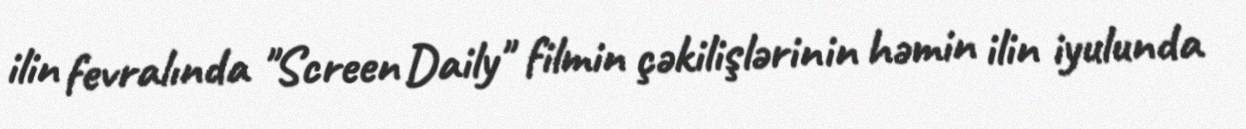
ilin fevralında "Screen Daily" filmin çəkilişlərinin həmin ilin iyulunda